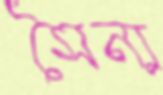
সৈন্য